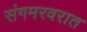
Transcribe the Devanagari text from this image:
संगमरवरात